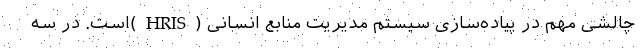
چالشی مهم در پیاده‌سازی سیستم مدیریت منابع انسانی (HRIS)است. در سه